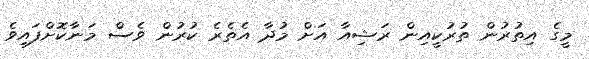
މީގެ އިތުރުން ތުރުކީއިން ރަޝިއާ އަށް މުދާ އެތެރެ ކުރުން ވެސް މަނާކޮށްފައިވެ